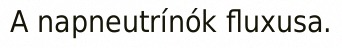
A napneutrínók fluxusa.